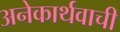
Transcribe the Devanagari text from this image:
अनेकार्थवाची